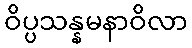
ဝိပ္ပသန္နမနာဝိလာ